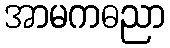
အာမကဓညာ